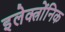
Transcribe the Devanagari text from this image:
इलेक्त्रोंनिक